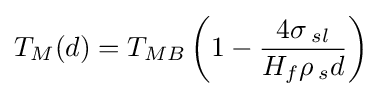
T_{M}(d)=T_{MB}\left(1-{\frac {4\sigma \,_{sl}}{H_{f}\rho \,_{s}d}}\right)